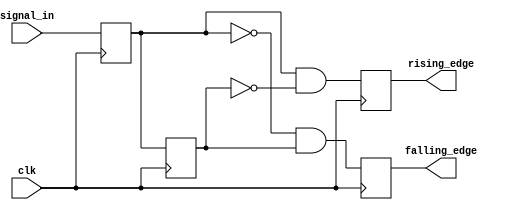
module edge_detector (
    input wire clk,               // Clock signal
    input wire signal_in,         // Input signal to detect edges
    output reg rising_edge,       // Rising edge output signal
    output reg falling_edge       // Falling edge output signal
);

    // Memory blocks to hold previous and current states
    reg previous_state;           // Holds the value of signal_in from the last clock cycle
    reg current_state;            // Holds the value of signal_in from the current clock cycle

    // Sequential logic for edge detection
    always @(posedge clk) begin
        // Update the current state with the input signal
        current_state <= signal_in;

        // Determine edges based on previous and current states
        rising_edge <= (current_state == 1'b1 && previous_state == 1'b0);
        falling_edge <= (current_state == 1'b0 && previous_state == 1'b1);

        // Update previous state for the next clock cycle
        previous_state <= current_state;
    end

    // Initialize outputs on reset
    initial begin
        rising_edge = 1'b0;
        falling_edge = 1'b0;
        previous_state = 1'b0;
        current_state = 1'b0;
    end

endmodule